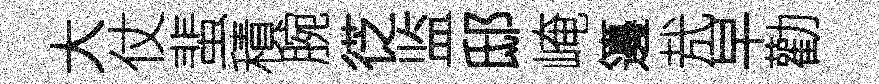
大仗蜚積腕徔监邸崦籩㢤早勸